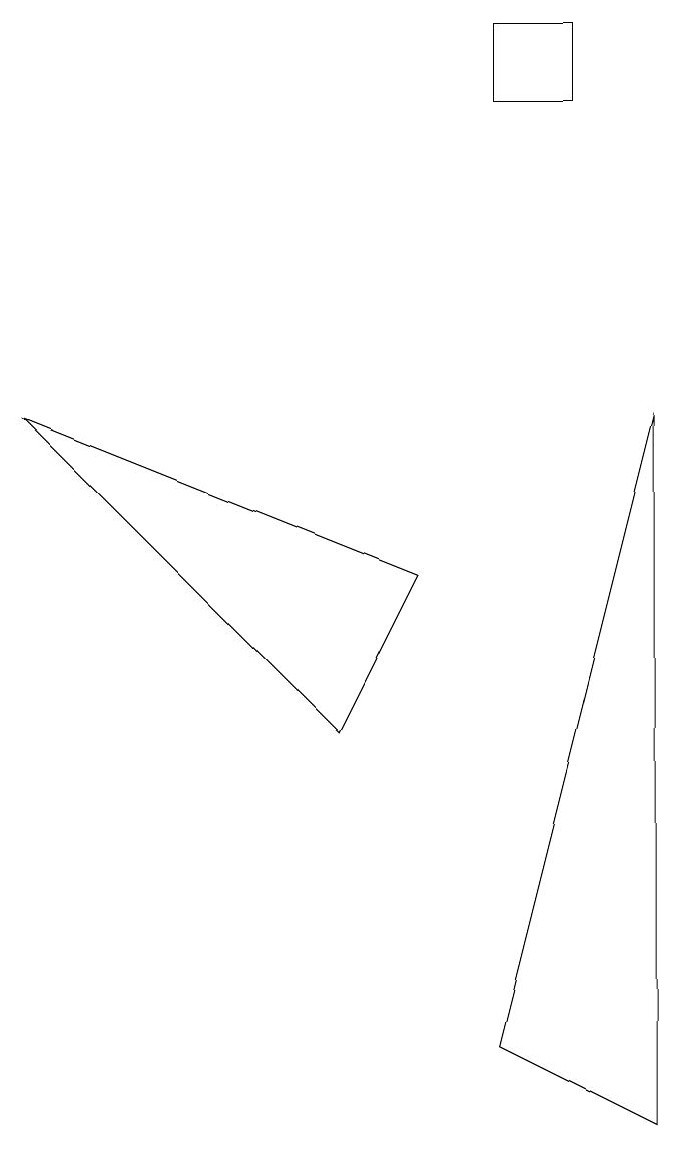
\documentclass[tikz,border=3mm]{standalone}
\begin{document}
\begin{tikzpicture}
\draw (5,7) -- (0,9) -- (4,5) -- cycle;
\draw (7,13) rectangle (6,14);
\draw (6,1) -- (8,0) -- (8,9) -- cycle;
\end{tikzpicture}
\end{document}